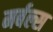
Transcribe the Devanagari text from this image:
मर्बल्स